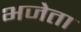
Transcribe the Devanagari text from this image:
भजेता